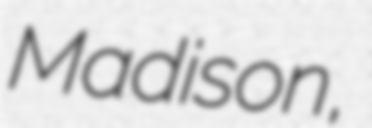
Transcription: Madison,